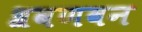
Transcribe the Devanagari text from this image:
श्रवणवन